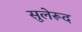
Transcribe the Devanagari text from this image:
सुलेरूद